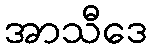
အာသီဒေ